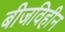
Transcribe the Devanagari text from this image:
बीजविहीन